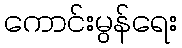
ကောင်းမွန်ရေး